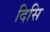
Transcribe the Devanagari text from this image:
दिसि